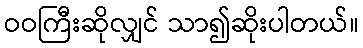
ဝဝကြီးဆိုလျှင် သာ၍ဆိုးပါတယ်။